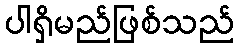
ပါရှိမည်ဖြစ်သည်